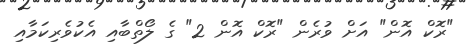
"ރޮކް އޮން" އަށް ވުރެން "ރޮކް އޮން 2" ގެ ލޯތްބާއި އެކުވެރިކަމާއި